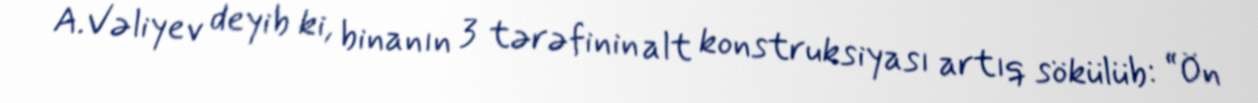
A.Vəliyev deyib ki, binanın 3 tərəfinin alt konstruksiyası artıq sökülüb: “Ön